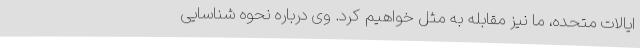
ایالات متحده، ما نیز مقابله به مثل خواهیم کرد. وی درباره نحوه شناسایی